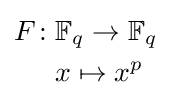
{\begin{aligned}F\colon {}&\mathbb {F} _{q}\to \mathbb {F} _{q}\\&x\mapsto x^{p}\end{aligned}}